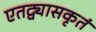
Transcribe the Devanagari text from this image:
एतद्व्यासकृतं